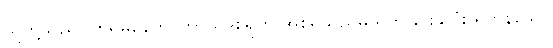
သူတို့သည်။ ဟိရိမနေဟိ၊ ကာယဒုစရိုက် အစရှိသည်မှ ရှက်ခြင်းနှလုံး ရှိကုန်သော